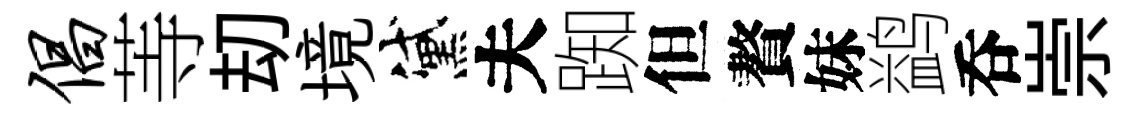
倡䓁刧境黛夫踟但贅妹鹢呑崇